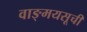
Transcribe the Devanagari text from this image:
वाङ्मयसूची